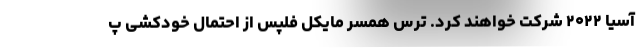
آسیا ۲۰۲۲ شرکت خواهند کرد. ترس همسر مایکل فلپس از احتمال خودکشی پ